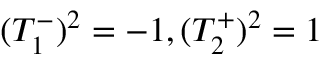
( T _ { 1 } ^ { - } ) ^ { 2 } = - 1 , ( T _ { 2 } ^ { + } ) ^ { 2 } = 1